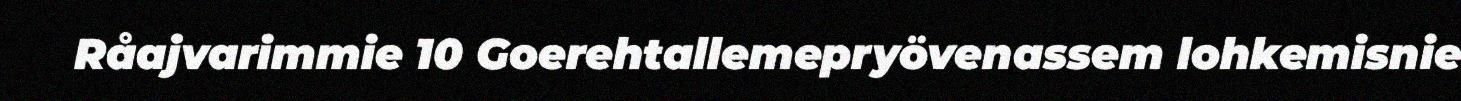
Råajvarimmie 10 Goerehtallemepryövenassem lohkemisnie